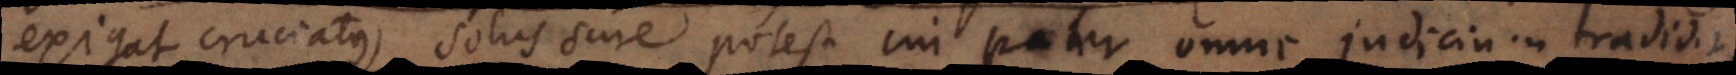
exigat cruciatus, solus scire potest cui pater omne judicium tradidit.